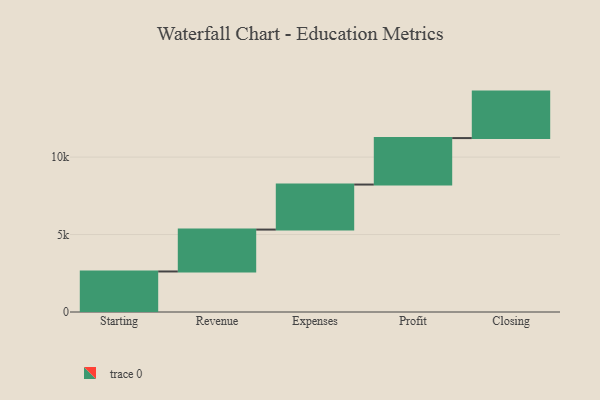
{"axis": {"x": "Step", "y": "Value"}, "legend": [""], "data": [{"x": "Starting", "y": 2616.0, "type": ""}, {"x": "Revenue", "y": 2704.0, "type": ""}, {"x": "Expenses", "y": 2907.0, "type": ""}, {"x": "Profit", "y": 3000, "type": ""}, {"x": "Closing", "y": 3000, "type": ""}]}